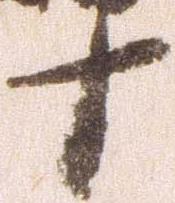
十